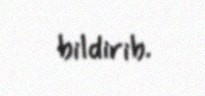
bildirib.